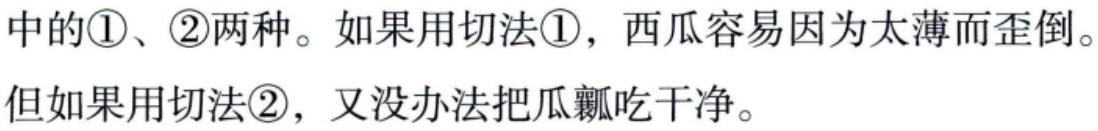
中的\textcircled{1}、\textcircled{2}两种。如果用切法\textcircled{1}，西瓜容易因为太薄而歪倒。但如果用切法\textcircled{2}，又没办法把瓜瓤吃干净。